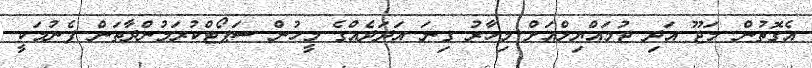
އެގޮތުން މަޖޫ އަދި ޖުމައްޔިލްއަށް މިހާރު ގިނަ އަދަދެއްގެ މީހުން ސަޕޯޓްކުރަމުންދާތަން ފެނުމަކީ